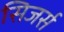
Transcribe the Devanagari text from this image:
सिजर्स